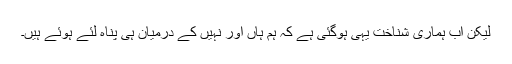
لیکن اب ہماری شناخت یہی ہوگئی ہے کہ ہم ہاں اور نہیں کے درمیان ہی پناہ لئے ہوئے ہیں۔